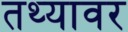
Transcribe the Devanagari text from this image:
तथ्यावर